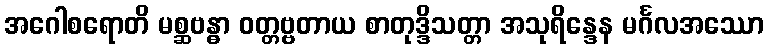
အဂေါစရောတိ မစ္ဆဗန္ဓာ ဝတ္တဗ္ဗတာယ စာတုဒ္ဒိသတ္တာ အသုရိန္ဒေန မင်္ဂလအဿော